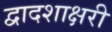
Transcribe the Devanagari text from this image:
द्वादशाक्षरी